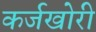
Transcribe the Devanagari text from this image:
कर्जखोरी